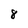
Character: 8